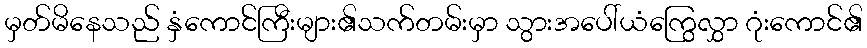
မှတ်မိနေသည် နှံကောင်ကြီးများ၏သက်တမ်းမှာ သွားအပေါ်ယံကြွေလွှာ ဂုံးကောင်၏